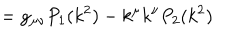
LaTeX: = g _ { \mu \nu } P _ { 1 } ( k ^ { 2 } ) - k ^ { \mu } k ^ { \nu } P _ { 2 } ( k ^ { 2 } )